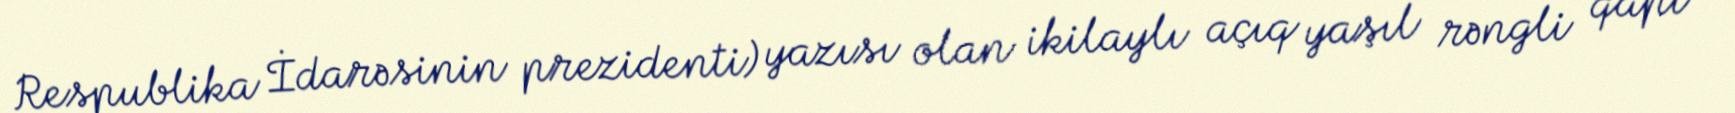
Respublika İdarəsinin prezidenti) yazısı olan ikilaylı açıq yaşıl rəngli qapı